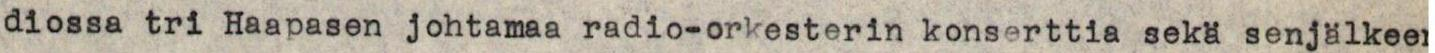
diossa tri Haapasen johtamaa radio-orkesterin konserttia sekä senjälkee